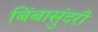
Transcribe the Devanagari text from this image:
बिंबासुंदरी